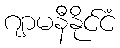
ဂျာမနီနိုင်ငံ